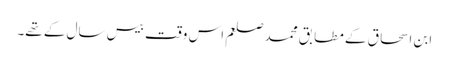
ابن اسحاق کے مطابق محمد صلعم اس وقت بیس سال کے تھے۔